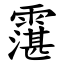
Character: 霮